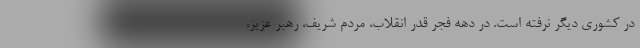
در کشوری دیگر نرفته‌ است. در دهه فجر قدر انقلاب، مردم شریف، رهبر عزیز،